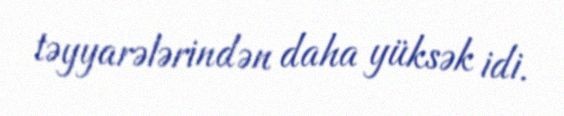
təyyarələrindən daha yüksək idi.